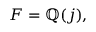
F = \mathbb { Q } ( j ) ,